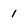
Character: 1